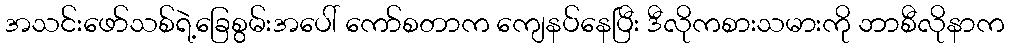
အသင်းဖော်သစ်ရဲ့ခြေစွမ်းအပေါ် ကော်စတာက ကျေနပ်နေပြီး ဒီလိုကစားသမားကို ဘာစီလိုနာက